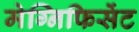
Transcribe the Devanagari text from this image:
मेग्निफिसेंट